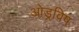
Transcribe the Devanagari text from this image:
ओड्रविष